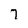
Character: 7